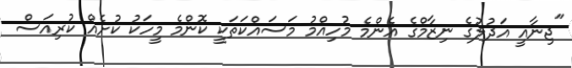
"ޖިނާއީ އަދުލުގެ ނިޒާމްގެ އެންމެ މުހިއްމު މަސައްކަތަކީ ކޮންމެ މީހަކު ކުށެއް ކުރިއަސް